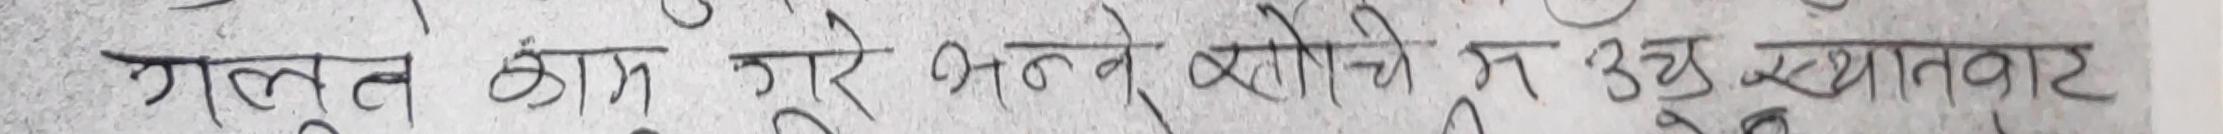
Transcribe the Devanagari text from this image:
गलुल काभ गूरे अन्तने बोटैचै म उच्च स्थानबाट